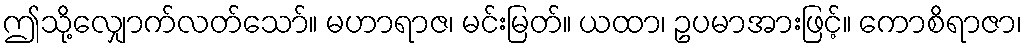
ဤသို့လျှောက်လတ်သော်။ မဟာရာဇ၊ မင်းမြတ်။ ယထာ၊ ဥပမာအားဖြင့်။ ကောစိရာဇာ၊